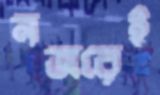
নজরেই